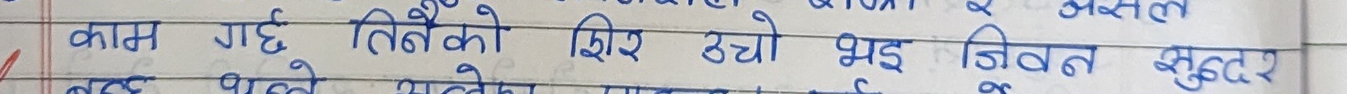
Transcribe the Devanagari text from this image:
काम गए तिनैको झिर उठो भइ जिवत सुन्दर